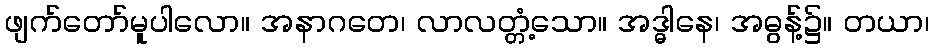
ဖျက်တော်မူပါလော။ အနာဂတေ၊ လာလတ္တံ့သော။ အဒ္ဓါနေ၊ အဓွန့်၌။ တယာ၊